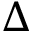
\Delta